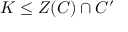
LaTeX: K \leq Z ( C ) \cap C ^ { \prime }